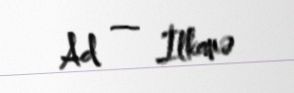
Ad — İlkanə